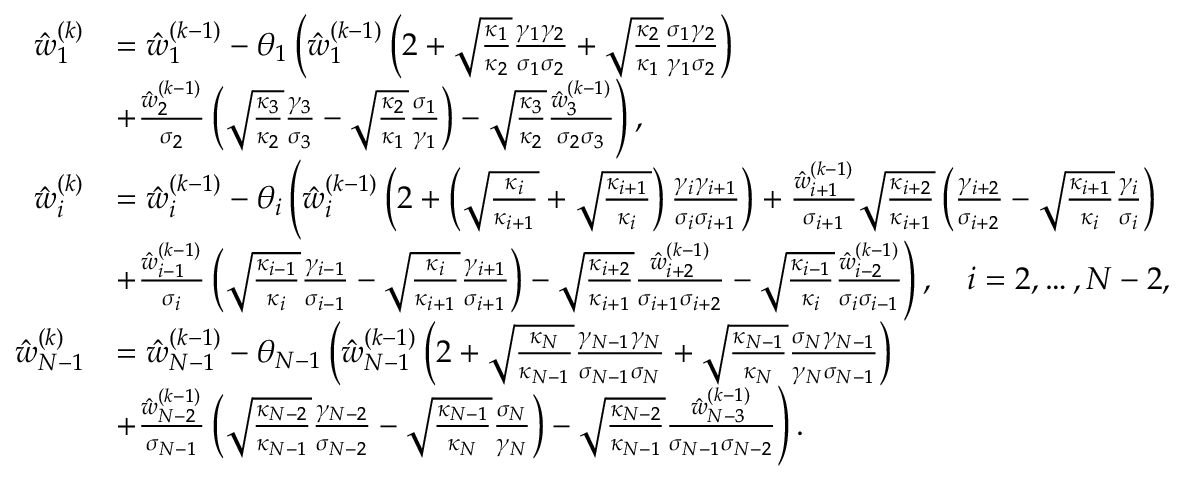
\begin{array} { r l } { \hat { w } _ { 1 } ^ { ( k ) } } & { = \hat { w } _ { 1 } ^ { ( k - 1 ) } - \theta _ { 1 } \left( \hat { w } _ { 1 } ^ { ( k - 1 ) } \left( 2 + \sqrt { \frac { \kappa _ { 1 } } { \kappa _ { 2 } } } \frac { \gamma _ { 1 } \gamma _ { 2 } } { \sigma _ { 1 } \sigma _ { 2 } } + \sqrt { \frac { \kappa _ { 2 } } { \kappa _ { 1 } } } \frac { \sigma _ { 1 } \gamma _ { 2 } } { \gamma _ { 1 } \sigma _ { 2 } } \right) \right. } \\ & { \left. \kern - \nulldelimiterspace + \frac { \hat { w } _ { 2 } ^ { ( k - 1 ) } } { \sigma _ { 2 } } \left( \sqrt { \frac { \kappa _ { 3 } } { \kappa _ { 2 } } } \frac { \gamma _ { 3 } } { \sigma _ { 3 } } - \sqrt { \frac { \kappa _ { 2 } } { \kappa _ { 1 } } } \frac { \sigma _ { 1 } } { \gamma _ { 1 } } \right) - \sqrt { \frac { \kappa _ { 3 } } { \kappa _ { 2 } } } \frac { \hat { w } _ { 3 } ^ { ( k - 1 ) } } { \sigma _ { 2 } \sigma _ { 3 } } \right) , } \\ { \hat { w } _ { i } ^ { ( k ) } } & { = \hat { w } _ { i } ^ { ( k - 1 ) } - \theta _ { i } \left( \hat { w } _ { i } ^ { ( k - 1 ) } \left( 2 + \left( \sqrt { \frac { \kappa _ { i } } { \kappa _ { i + 1 } } } + \sqrt { \frac { \kappa _ { i + 1 } } { \kappa _ { i } } } \right) \frac { \gamma _ { i } \gamma _ { i + 1 } } { \sigma _ { i } \sigma _ { i + 1 } } \right) + \frac { \hat { w } _ { i + 1 } ^ { ( k - 1 ) } } { \sigma _ { i + 1 } } \sqrt { \frac { \kappa _ { i + 2 } } { \kappa _ { i + 1 } } } \left( \frac { \gamma _ { i + 2 } } { \sigma _ { i + 2 } } - \sqrt { \frac { \kappa _ { i + 1 } } { \kappa _ { i } } } \frac { \gamma _ { i } } { \sigma _ { i } } \right) \right. } \\ & { \left. \kern - \nulldelimiterspace + \frac { \hat { w } _ { i - 1 } ^ { ( k - 1 ) } } { \sigma _ { i } } \left( \sqrt { \frac { \kappa _ { i - 1 } } { \kappa _ { i } } } \frac { \gamma _ { i - 1 } } { \sigma _ { i - 1 } } - \sqrt { \frac { \kappa _ { i } } { \kappa _ { i + 1 } } } \frac { \gamma _ { i + 1 } } { \sigma _ { i + 1 } } \right) - \sqrt { \frac { \kappa _ { i + 2 } } { \kappa _ { i + 1 } } } \frac { \hat { w } _ { i + 2 } ^ { ( k - 1 ) } } { \sigma _ { i + 1 } \sigma _ { i + 2 } } - \sqrt { \frac { \kappa _ { i - 1 } } { \kappa _ { i } } } \frac { \hat { w } _ { i - 2 } ^ { ( k - 1 ) } } { \sigma _ { i } \sigma _ { i - 1 } } \right) , \quad i = 2 , \ldots , N - 2 , } \\ { \hat { w } _ { N - 1 } ^ { ( k ) } } & { = \hat { w } _ { N - 1 } ^ { ( k - 1 ) } - \theta _ { N - 1 } \left( \hat { w } _ { N - 1 } ^ { ( k - 1 ) } \left( 2 + \sqrt { \frac { \kappa _ { N } } { \kappa _ { N - 1 } } } \frac { \gamma _ { N - 1 } \gamma _ { N } } { \sigma _ { N - 1 } \sigma _ { N } } + \sqrt { \frac { \kappa _ { N - 1 } } { \kappa _ { N } } } \frac { \sigma _ { N } \gamma _ { N - 1 } } { \gamma _ { N } \sigma _ { N - 1 } } \right) \right. } \\ & { \left. \kern - \nulldelimiterspace + \frac { \hat { w } _ { N - 2 } ^ { ( k - 1 ) } } { \sigma _ { N - 1 } } \left( \sqrt { \frac { \kappa _ { N - 2 } } { \kappa _ { N - 1 } } } \frac { \gamma _ { N - 2 } } { \sigma _ { N - 2 } } - \sqrt { \frac { \kappa _ { N - 1 } } { \kappa _ { N } } } \frac { \sigma _ { N } } { \gamma _ { N } } \right) - \sqrt { \frac { \kappa _ { N - 2 } } { \kappa _ { N - 1 } } } \frac { \hat { w } _ { N - 3 } ^ { ( k - 1 ) } } { \sigma _ { N - 1 } \sigma _ { N - 2 } } \right) . } \end{array}